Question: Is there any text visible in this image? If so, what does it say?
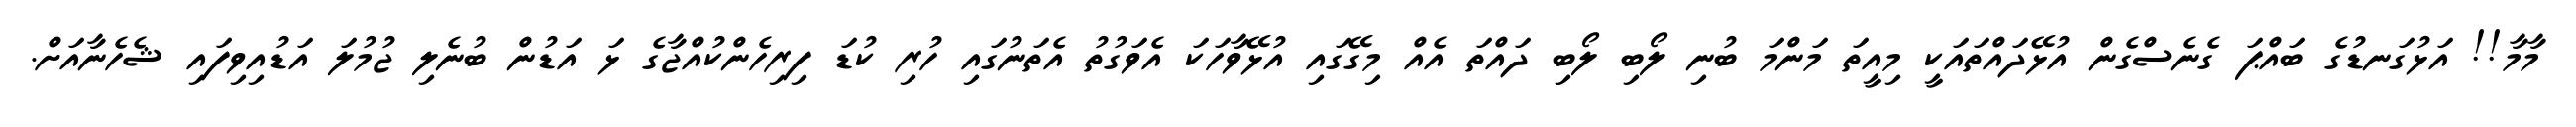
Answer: މާމާ!! އަޅުގަނޑުގެ ބައްޕަ ގެނެސްގެން އުޅޭދައްތައަކީ މިއީތަ މަންމަ ބުނި ލޯބި ލޯބި ދައްތަ އެއް މިގޭގައި އުޅޭވާހަކަ އެވަގުތު އެތަނުގައި ހުރި ކުޑަ ފިރިހެންކުއްޖާގެ ޅަ އަޑުން ބުނެލި ޖުމުލަ އަޑުއިވިފައި ޝެހެނާއަށް.